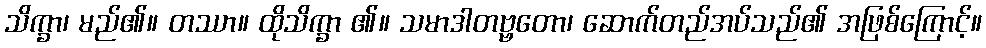
သိက္ခာ၊ မည်၏။ တဿာ။ ထိုသိက္ခာ ၏။ သမာဒါတဗ္ဗတော၊ ဆောက်တည်အပ်သည်၏ အဖြစ်ကြောင့်။